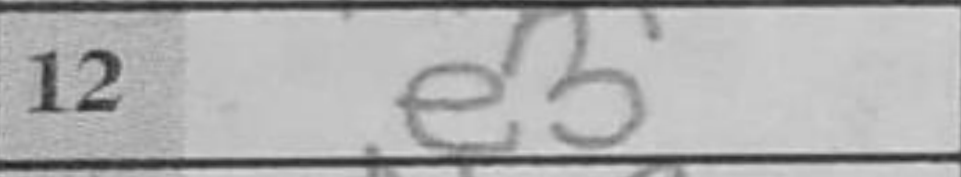
Transcription: e3